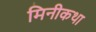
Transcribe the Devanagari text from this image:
मिनीकथा